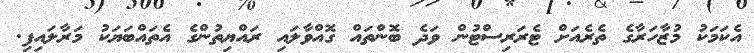
އެކަމަކު މުޒާހަރާގެ ތެރެއަށް ޓެރަރިސްޓުން ވަދެ ބޮންތައް ގޮއްވާލައި ރައްޔިތުންގެ އެތައްބަޔަކު މަރާލައިފި.